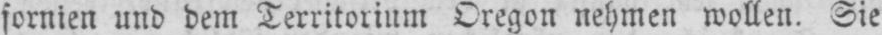
fornien und dem Territorium Oregon nehmen wollen. Sie